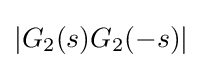
|G_{2}(s)G_{2}(-s)|